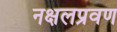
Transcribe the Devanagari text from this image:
नक्षलप्रवण